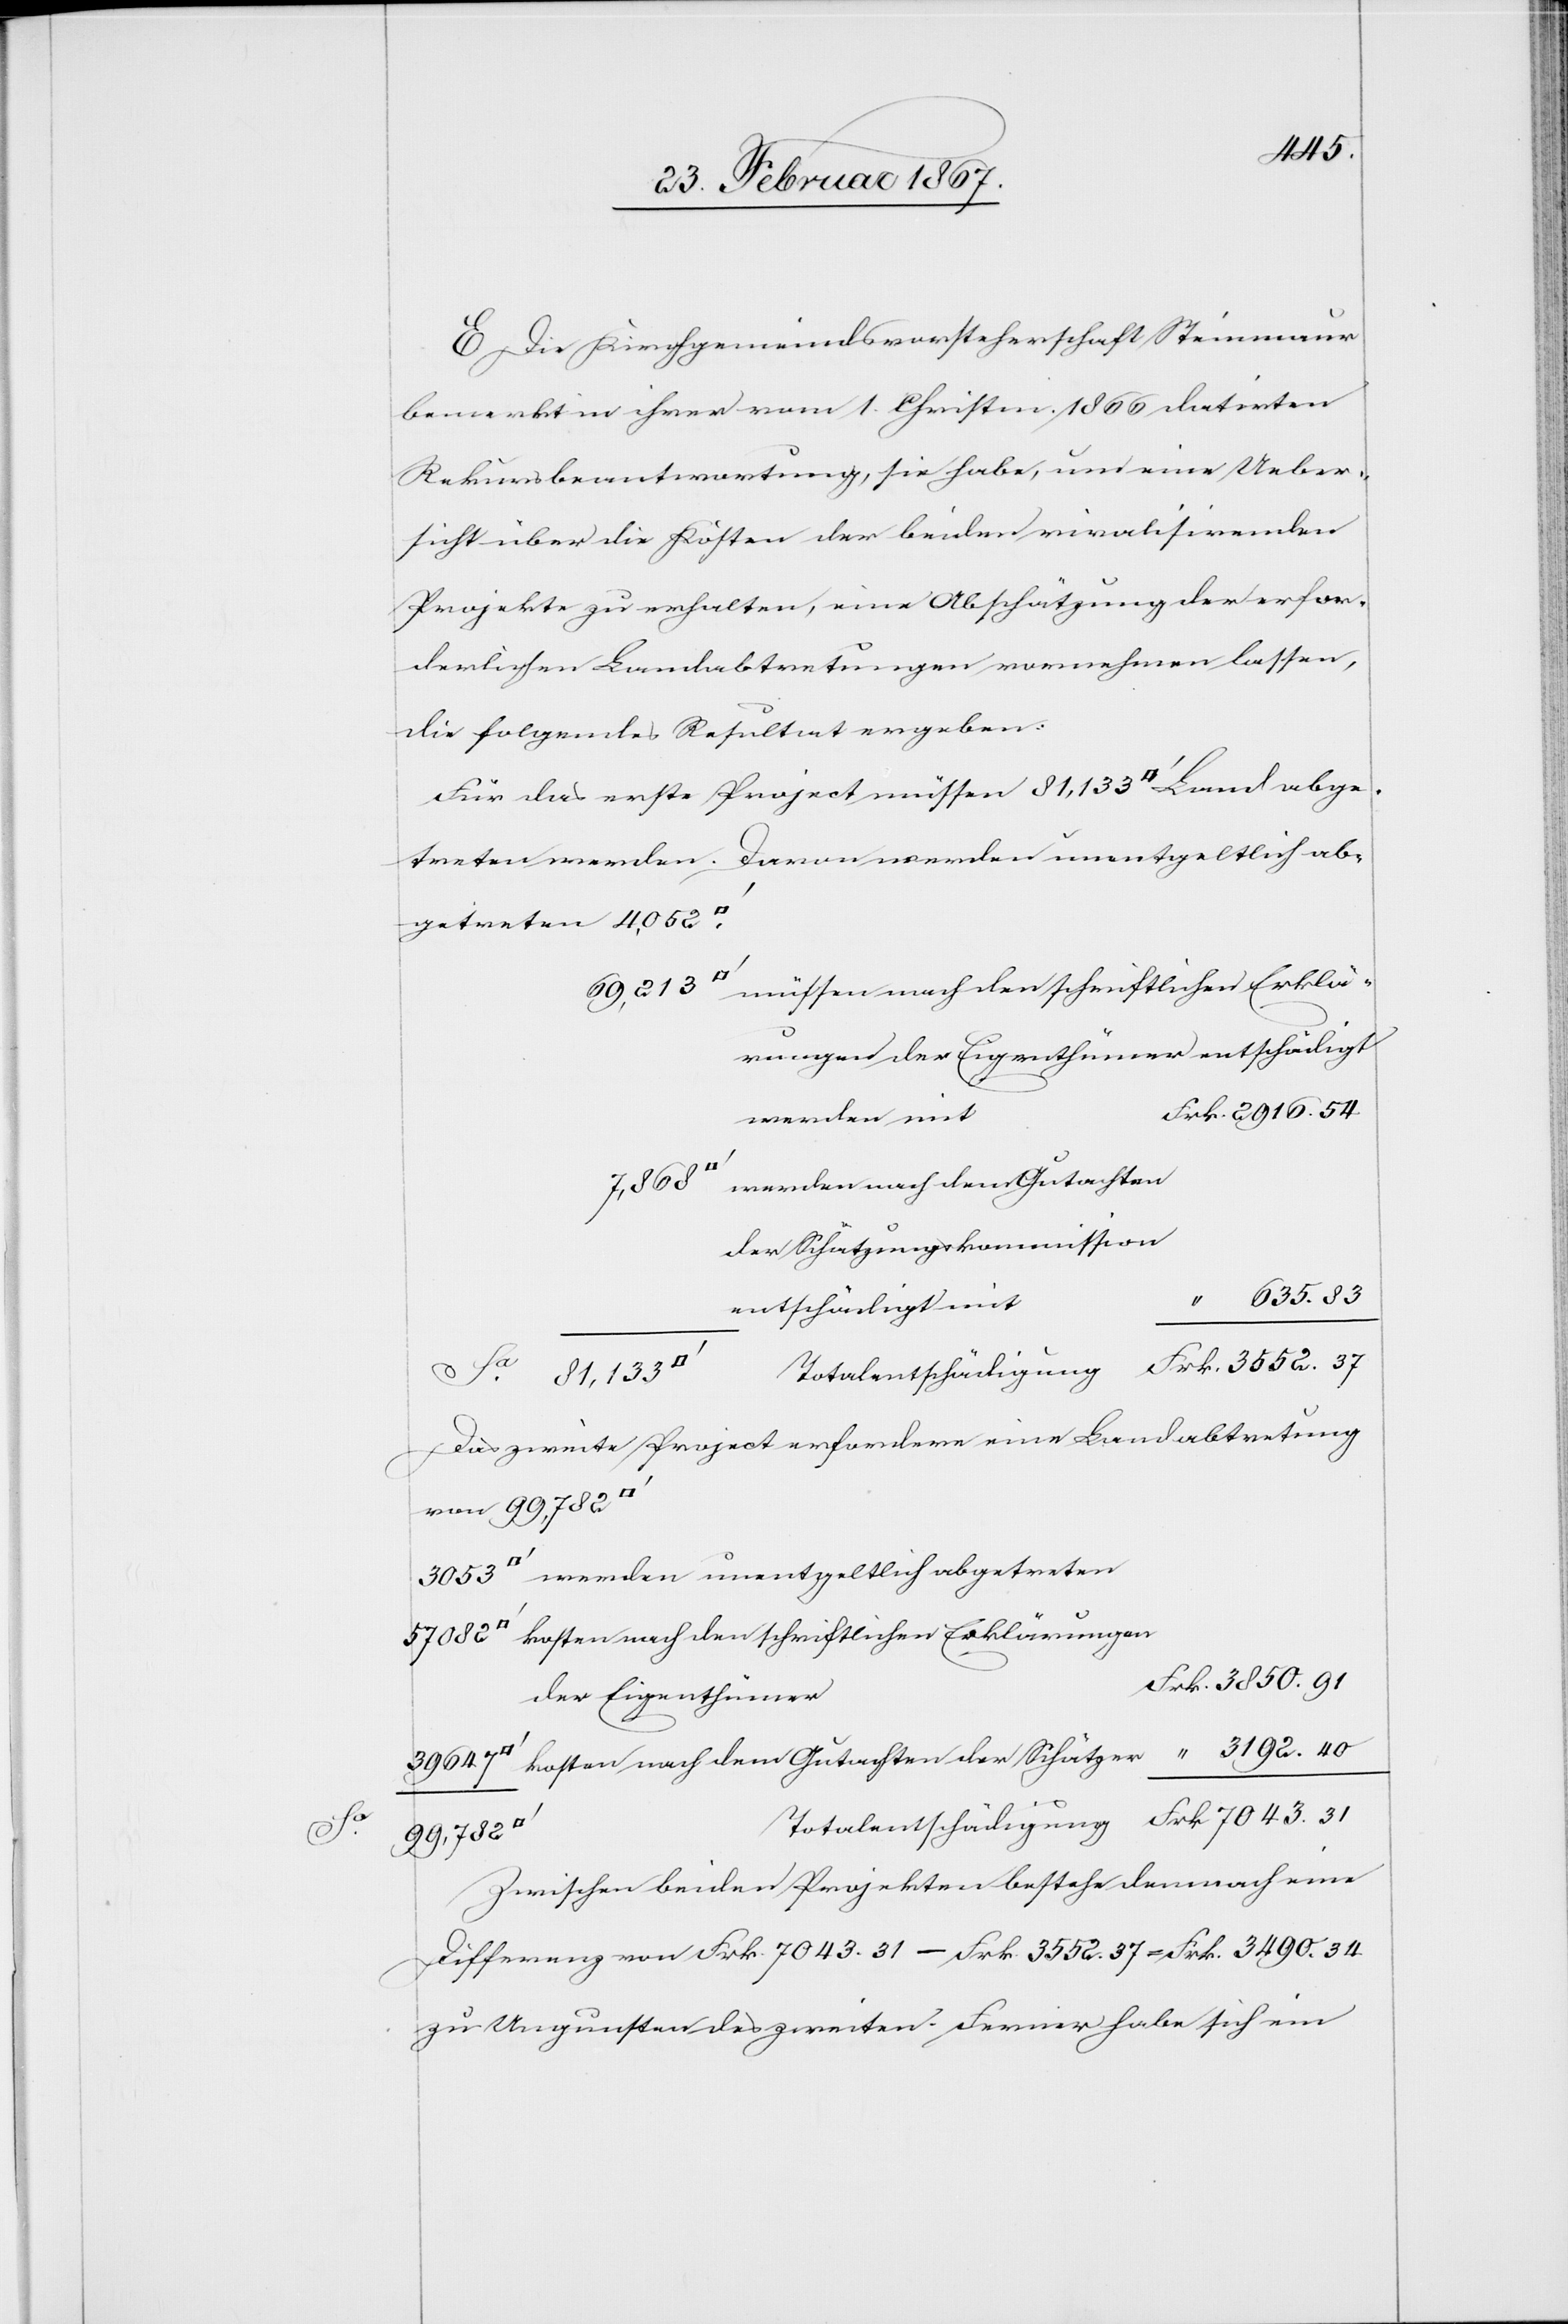
E. Die Kirchgemeindsvorsteherschaft Steinmaur
bemerkt in ihrer vom 1. Christm. 1866 datirten
Rekursbeantwortung, sie habe, um eine Ueber¬
sicht über die Kosten der beiden rivalisirenden
Projekte zu erhalten, eine Abschätzung der erfor¬
derlichen Landabtretungen vornehmen lassen,
die folgendes Resultat ergeben:
Für das erste Project müssen 81,133 [Quadratfuss] Land abge¬
treten werden. Davon werden unentgeltlich ab¬
[Quadratfuss]	müssen nach den schriftlichen Erklä¬
werden mit
7043.
der Schätzungskommission
635.83
entschädigt mit
Das zweite Project erfordere eine Landabtretung
von 99,782
werden unentgeltlich abgetreten
kosten nach den schriftlichen Erklärungen
r	Frk. 3850. 91
der Eigenthüme¬
uss]	kosten nach dem Gutachten der Schätzer			 “ 3192. 40
69,213
Zwischen beiden Projekten bestehe demnach eine
Differenz von Frk. 7043.31 – Frk. 3552.37 = Frk. 3490.34
zu Ungunsten des zweiten. Ferner habe sich ein